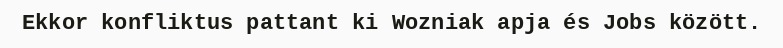
Ekkor konfliktus pattant ki Wozniak apja és Jobs között.